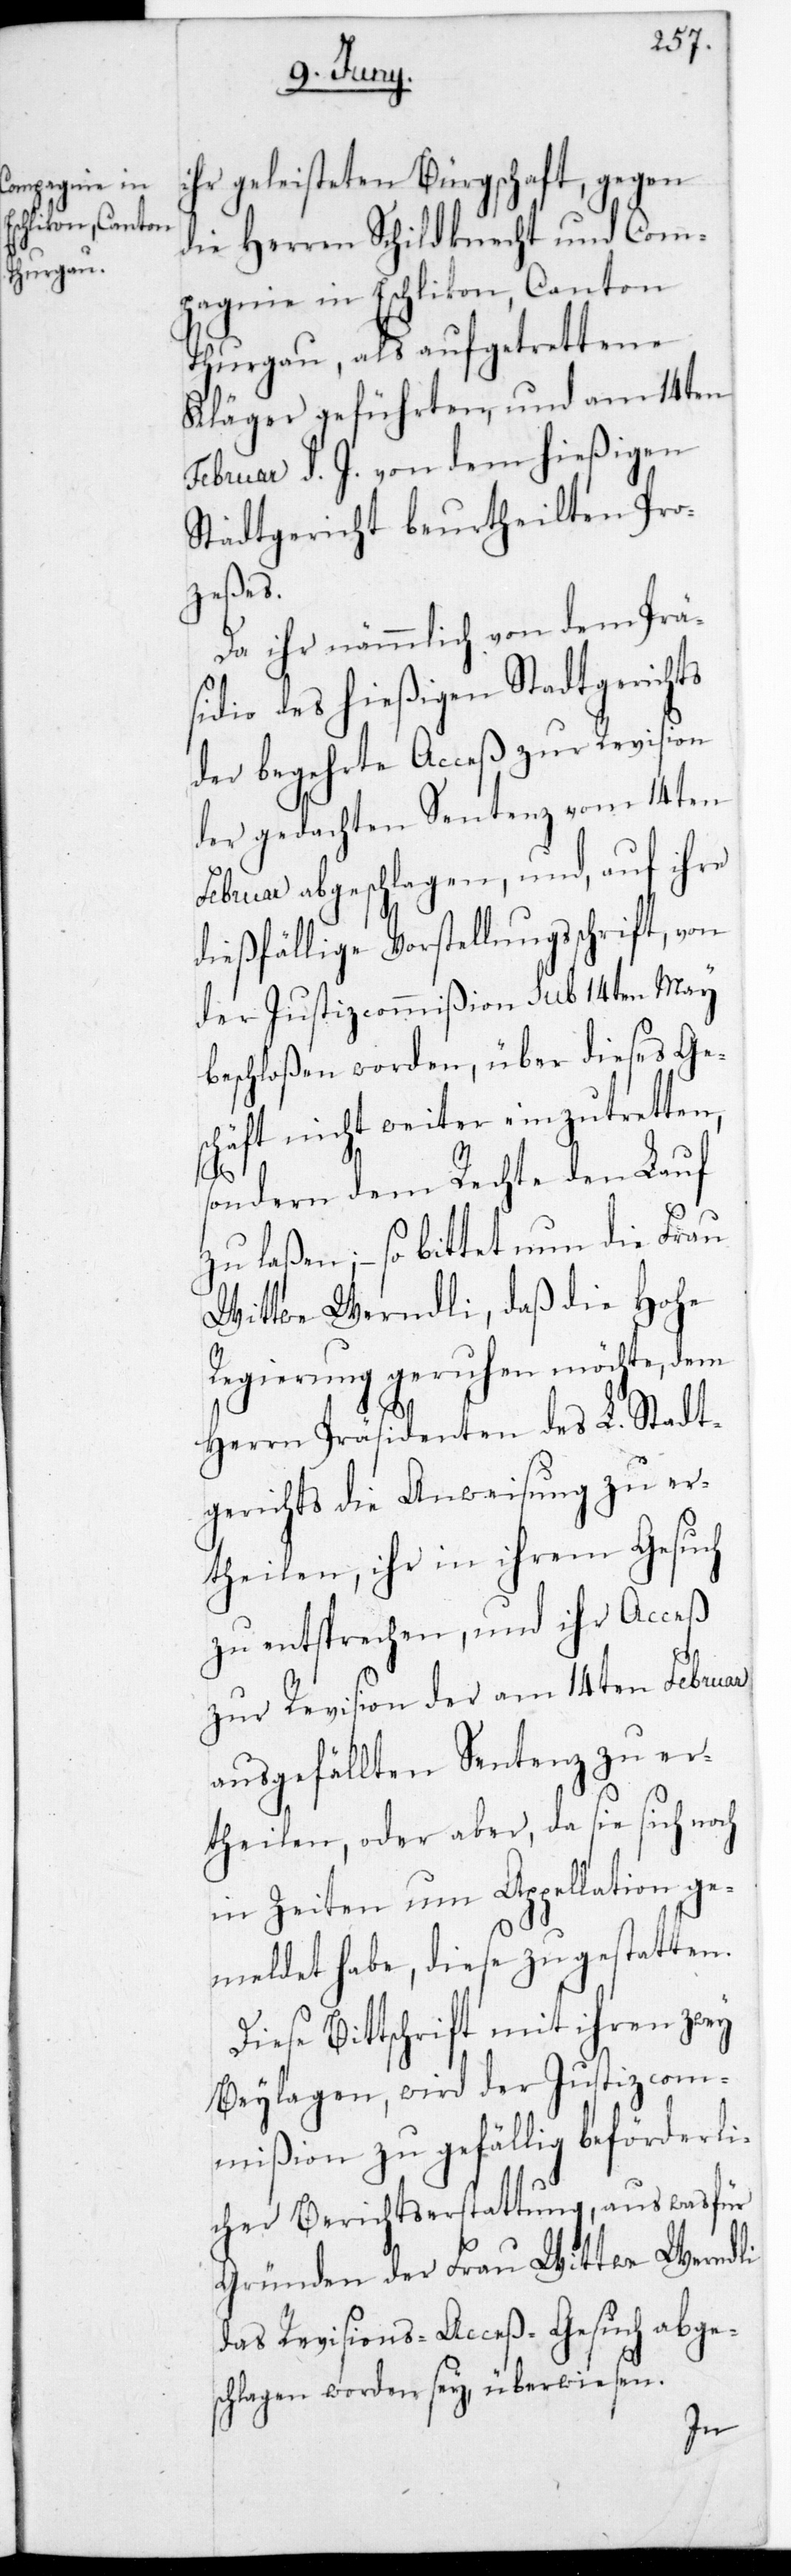
ihr geleisteten Bürgschaft, gegen
die Herren Schildknecht und Com¬
pagnie in Eschlikon, Canton
Thurgau, als aufgetrettene
Kläger geführten, und am 14ten
Februar d. J. von dem hießigen
Stadtgericht beurtheilten Pro¬
ceßes.
Da ihr nämmlich von dem Prä¬
sidio des hießigen Stadtgerichts
der begehrte Acceß zur Revision
der gedachten Sentenz vom 14ten
Februar abgeschlagen, und auf ihre
dießfällige Vorstellungßchrift, von
der Justizcommißion sub 14ten May
beschloßen worden, über dieses Ges¬
chäft nicht weiter einzutretten,
sondern dem Rechte den Lauf
zu laßen; – so bittet nun die Frau
Wittwe Werndli, daß die Hohe
Regierung geruhen möchte, dem
Herrn Präsidenten des L. Stadt¬
gerichts die Anweisung zu er¬
theilen, ihr in ihrem Gesuch
zu entsprechen, und ihr Acceß
zur Revision der am 14ten Februar
ausgefällten Sentenz zu er¬
theilen, oder aber, da sie sich noch
in Zeiten um Appellation ge¬
meldet habe, diese zu gestatten.
Diese Bittschrift mit ihren zwey
Beylagen, wird der Justizcom¬
mißion zu gefällig beförderli¬
cher Berichtserstattung, aus was für
Gründen der Frau Wittwe Werndli
das Revisions-Acceß-Gesuch abge¬
schlagen worden sey, überwiesen.